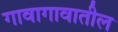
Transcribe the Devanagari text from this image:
गावागावातील